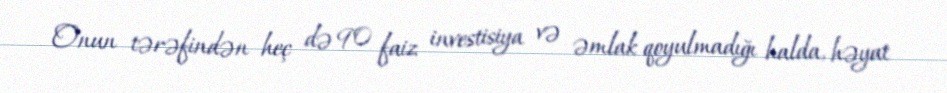
Onun tərəfindən heç də 90 faiz investisiya və əmlak qoyulmadığı halda, həyat